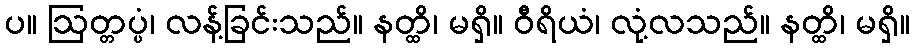
ပ။ ဩတ္တပ္ပံ၊ လန့်ခြင်းသည်။ နတ္ထိ၊ မရှိ။ ဝီရိယံ၊ လုံ့လသည်။ နတ္ထိ၊ မရှိ။